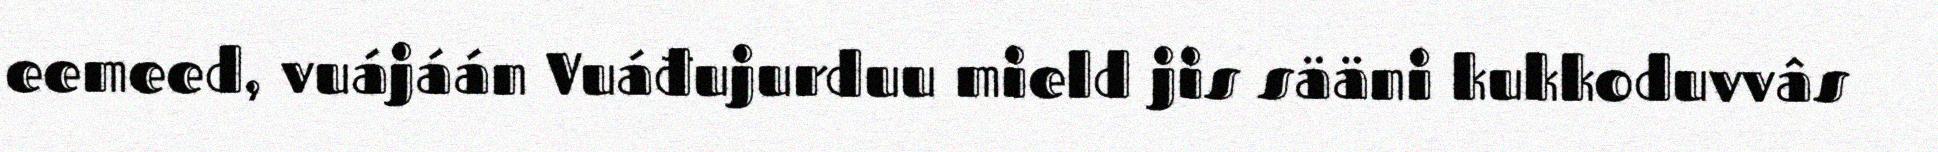
eemeed, vuájáán Vuáđujurduu mield jis sääni kukkoduvvâs